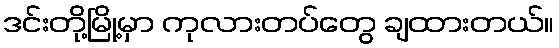
ဒင်းတို့မြို့မှာ ကုလားတပ်တွေ ချထားတယ်။